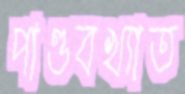
পাণ্ডবখ্যাত